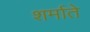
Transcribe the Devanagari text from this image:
शर्माते